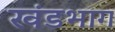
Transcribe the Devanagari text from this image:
खंडभाग